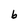
Character: 6